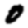
Digit: 0